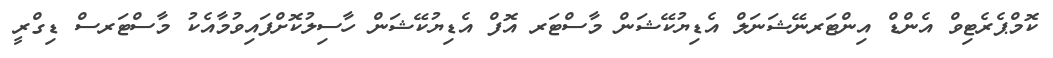
ކޮމްޕެރެޓިވް އެންޑް އިންޓަރނޭޝަނަލް އެޑިޔުކޭޝަން މާސްޓަރ އޮފް އެޑިޔުކޭޝަން ހާސިލުކޮށްފައިވުމާއެކު މާސްޓަރސް ޑިގްރީ